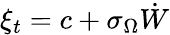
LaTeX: \xi_{t}=c+\sigma_{\Omega}\dot{W}